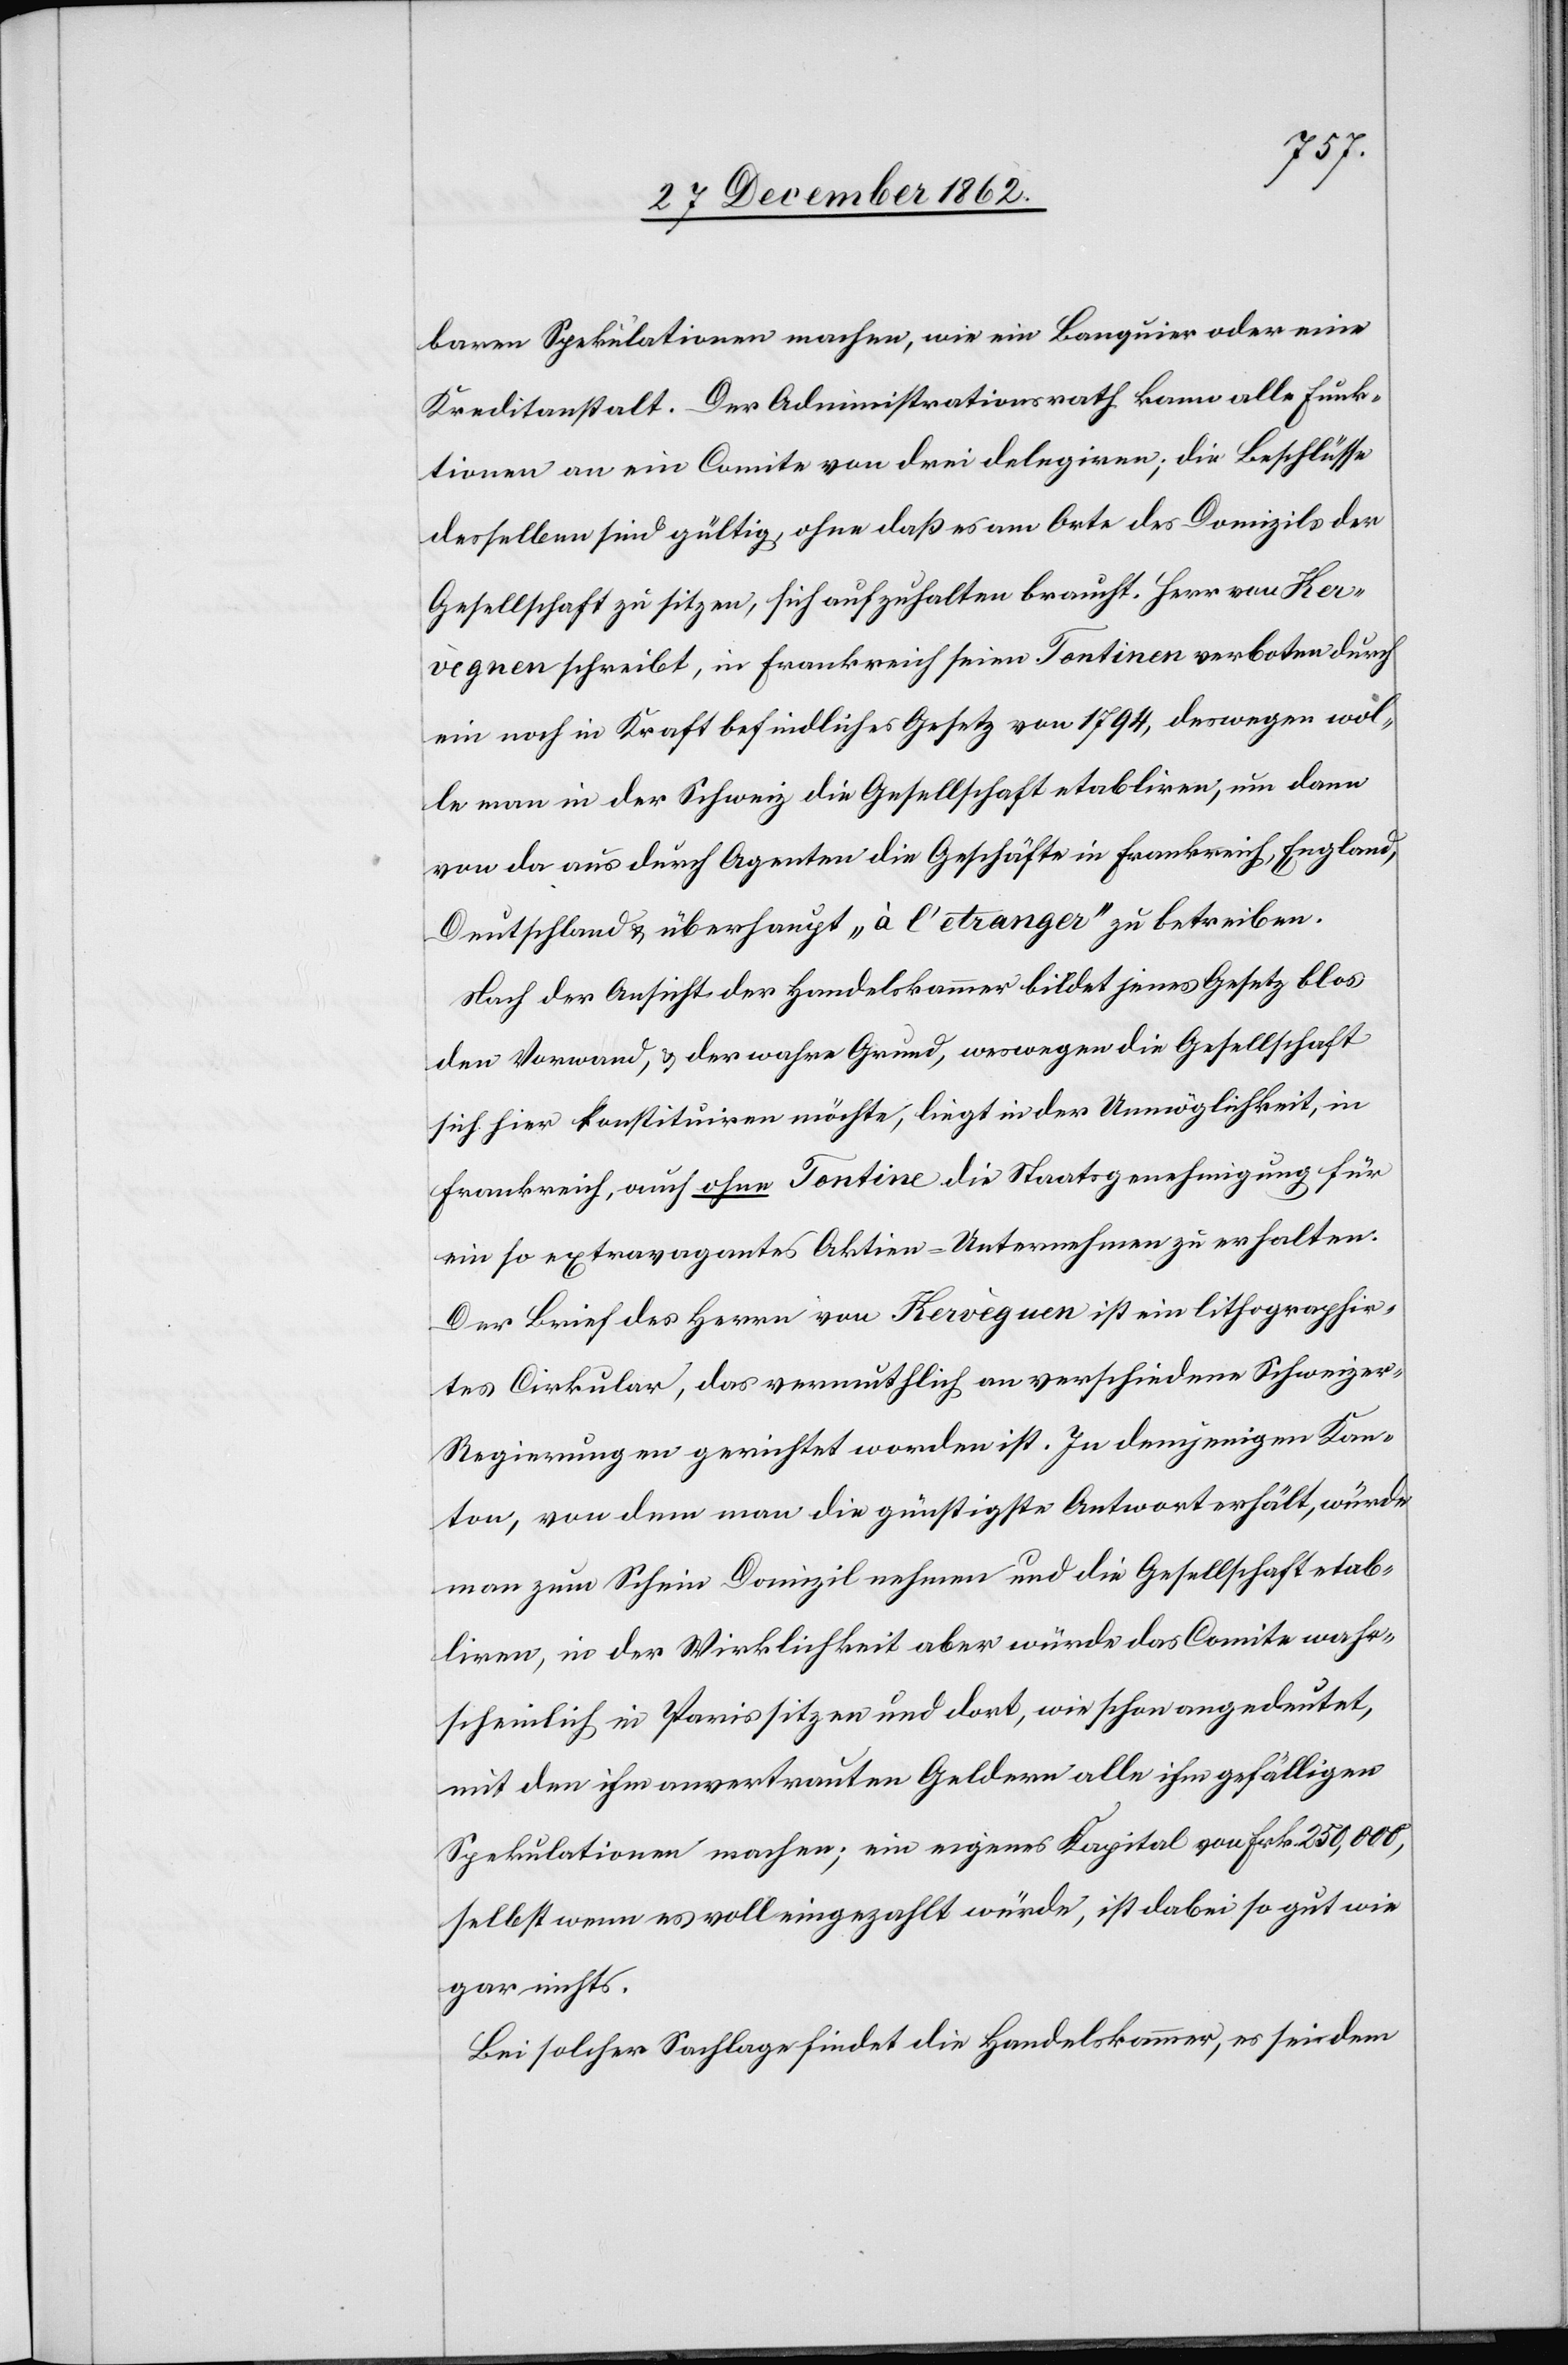
baren Spekulationen machen, wie ein Banquier oder eine
Kreditanstalt. Der Administrationsrath kann alle Funk¬
tionen an ein Comite von drei delegiren; die Beschlüsse
desselben sind gültig, ohne daß es am Orte des Domizils der
Gesellschaft zu sitzen, sich aufzuhalten braucht. Herr von Her¬
vègnen schreibt, in Frankreich seien Tontinen verboten durch
ein noch in Kraft befindliches Gesetz von 1794, deswegen wol¬
le man in der Schweiz die Gesellschaft etabliren, um dann
von da aus durch Agenten die Geschäfte in Frankreich, England,
Deutschland u. überhaupt „à l’etranger“ zu betreiben.
Nach der Ansicht der Handelskammer bildet jenes Gesetz blos
den Vorwand, u. der wahre Grund, weswegen die Gesellschaft
sich hier konstituiren möchte, liegt in der Unmöglichkeit, in
Frankreich, auch ohne Tontine die Staatsgenehmigung für
ein so extravagantes Aktien-Unternehmen zu erhalten.
Der Brief des Herrn von Hervèguen [sic!] ist ein lithographir¬
tes Cirkular, das vermuthlich an verschiedene Schweize¬
r-Regierungen gerichtet worden ist. In demjenigen Kan¬
ton, von dem man die günstigste Antwort erhält, würde
man zum Schein Domizil nehmen und die Gesellschaft etab¬
liren, in der Wirklichkeit aber würde das Comite wahr¬
scheinlich in Paris sitzen und dort, wie schon angedeutet,
mit den ihm anvertrauten Geldern alle ihm gefälligen
Spekulationen machen; ein eigenes Kapital von Frk. 250,000,
selbst wenn es voll eingezahlt würde, ist dabei so gut wie
gar nichts.
Bei solcher Sachlage findet die Handelskammer, es sei dem